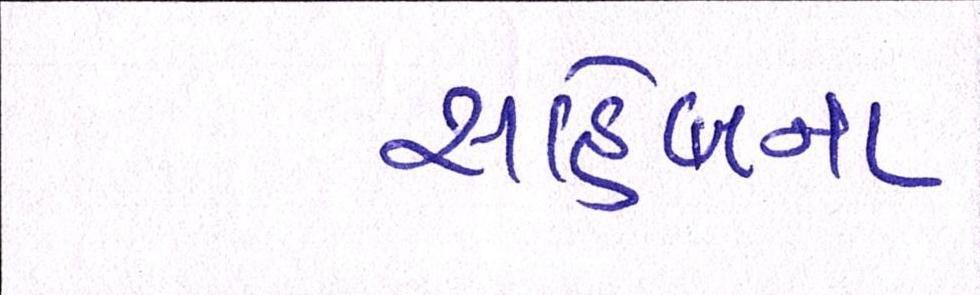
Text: સાહેબના